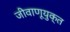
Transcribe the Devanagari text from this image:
जीवाणूयुक्त